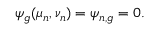
\psi _ { g } ( \mu _ { n } , \nu _ { n } ) = \psi _ { n , g } = 0 .